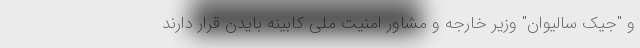
و "جیک سالیوان" وزیر خارجه و مشاور امنیت ملی کابینه بایدن قرار دارند